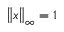
\left\| x \right\| _ { \infty } = 1